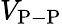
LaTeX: V_{\mathrm{P-P}}